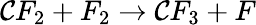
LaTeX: \mathcal{C}F_{2}+F_{2}\rightarrow\mathcal{C}F_{3}+F